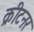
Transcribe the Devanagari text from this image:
क्रीटनर